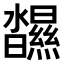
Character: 𤄥